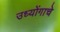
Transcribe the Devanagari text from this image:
उध्योंगाचे